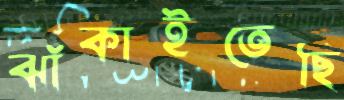
ঝাঁকাইতেছি